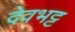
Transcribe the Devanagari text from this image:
देवभट्ट